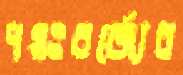
পয়ঃবর্জ্যের